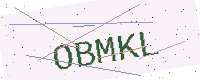
Text: OBMKL